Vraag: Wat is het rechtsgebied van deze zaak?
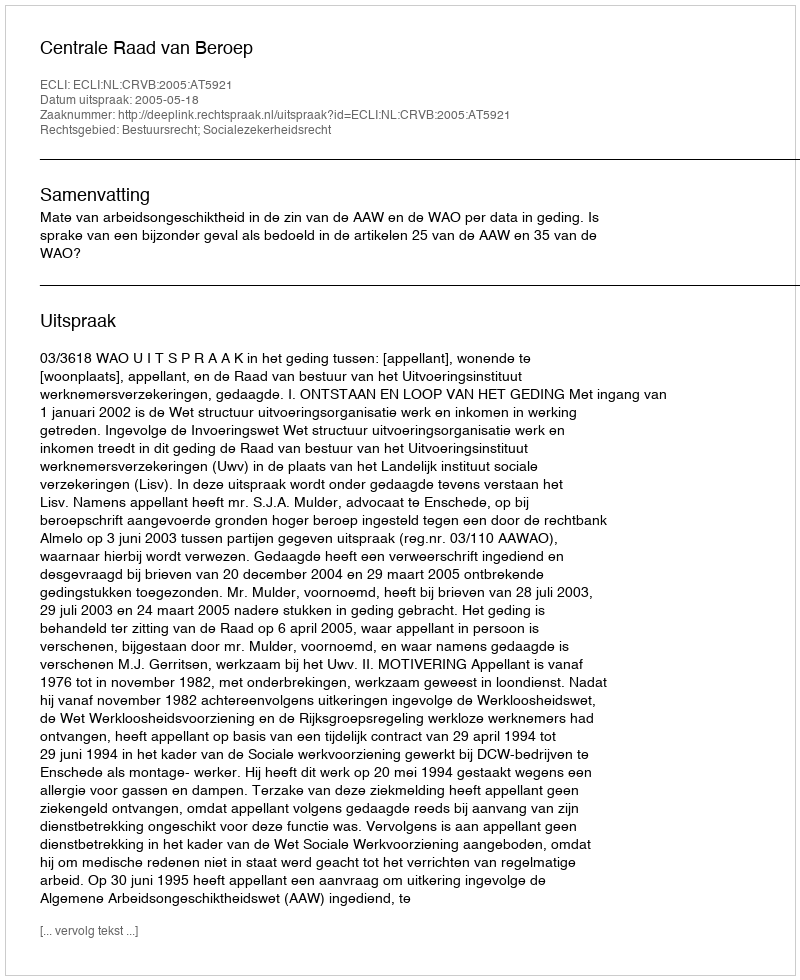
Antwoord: Bestuursrecht; Socialezekerheidsrecht